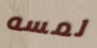
لمسه